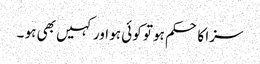
سزا کا حکم ہو تو کوئی ہو اور کہیں بھی ہو ۔